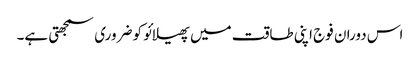
اس دوران فوج اپنی طاقت میں پھیلائو کو ضروری سمجھتی ہے۔